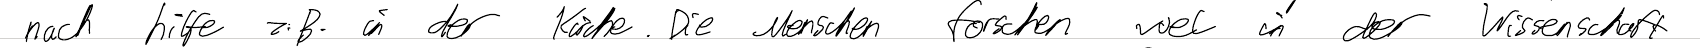
nach hilfe z.B. in der Kirche. Die Menschen forschen viel in der Wissenschaft